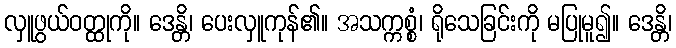
လှူဖွယ်ဝတ္ထုကို။ ဒေန္တိ၊ ပေးလှူကုန်၏။ အသက္ကစ္စံ၊ ရိုသေခြင်းကို မပြုမူ၍။ ဒေန္တိ၊